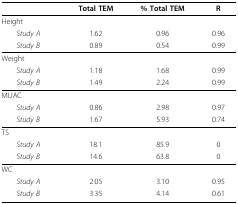
<table><thead><tr><td></td><td><b>Total TEM</b></td><td><b>% Total TEM</b></td><td><b>R</b></td></tr></thead><tbody><tr><td>Height</td><td></td><td></td><td></td></tr><tr><td> <i>Study A</i></td><td>1.62</td><td>0.96</td><td>0.96</td></tr><tr><td> <i>Study B</i></td><td>0.89</td><td>0.54</td><td>0.99</td></tr><tr><td>Weight</td><td></td><td></td><td></td></tr><tr><td> <i>Study A</i></td><td>1.18</td><td>1.68</td><td>0.99</td></tr><tr><td> <i>Study B</i></td><td>1.49</td><td>2.24</td><td>0.99</td></tr><tr><td>MUAC</td><td></td><td></td><td></td></tr><tr><td> <i>Study A</i></td><td>0.86</td><td>2.98</td><td>0.97</td></tr><tr><td> <i>Study B</i></td><td>1.67</td><td>5.93</td><td>0.74</td></tr><tr><td>TS</td><td></td><td></td><td></td></tr><tr><td> <i>Study A</i></td><td>18.1</td><td>85.9</td><td>0</td></tr><tr><td> <i>Study B</i></td><td>14.6</td><td>63.8</td><td>0</td></tr><tr><td>WC</td><td></td><td></td><td></td></tr><tr><td> <i>Study A</i></td><td>2.05</td><td>3.10</td><td>0.95</td></tr><tr><td> <i>Study B</i></td><td>3.35</td><td>4.14</td><td>0.61</td></tr></tbody></table>